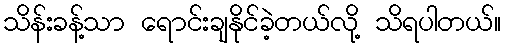
သိန်းခန့်သာ ရောင်းချနိုင်ခဲ့တယ်လို့ သိရပါတယ်။